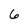
Character: 6